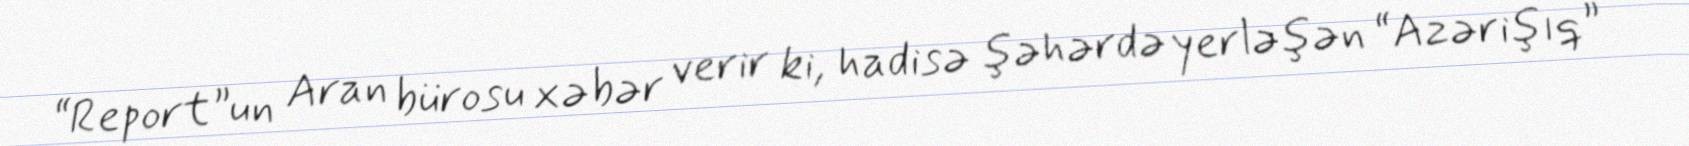
“Report”un Aran bürosu xəbər verir ki, hadisə şəhərdə yerləşən “Azərişıq”